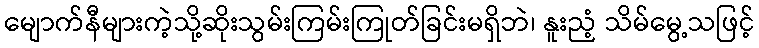
မျောက်နီများကဲ့သို့ဆိုးသွမ်းကြမ်းကြုတ်ခြင်းမရှိဘဲ၊ နူးညံ့ သိမ်မွေ့သဖြင့်